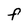
Character: F